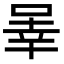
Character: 𪡒